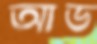
আড